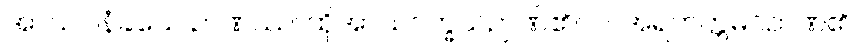
အာသဝါနံခယေ ဉာဏဿ၊ ထိုအာသဝက္ခယဉာဏ်၏။ ဝါ၊ အရဟတ္တမဂ်ဉာဏ်၏။